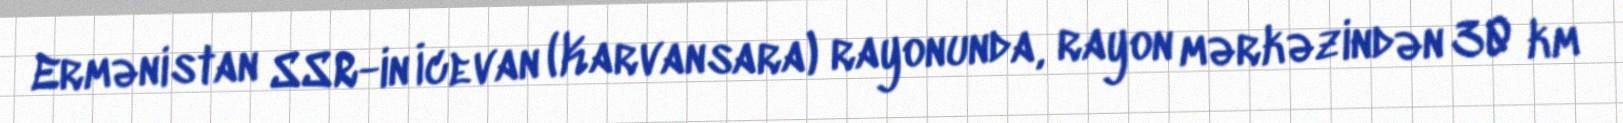
Ermənistan SSR-in İcevan (Karvansara) rayonunda, rayon mərkəzindən 30 km